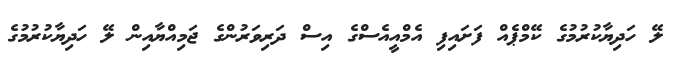
ލޭ ހަދިޔާކުރުމުގެ ކޭމްޕެއް ފަށައިފި އެމްއީއެސްގެ އިސް ދަރިވަރުންގެ ޖަމިއްޔާއިން ލޭ ހަދިޔާކުރުމުގެ